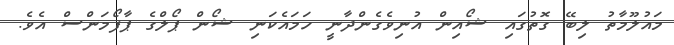
މައުލޫމާތު ލިބޭ ގޮތުގައި ޝޯއިން އުނިވެގެންދާނީ ހަމައެކަނި ޝޯން ޕޯލްގެ ޕާފޯމަންސް އެވެ.